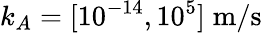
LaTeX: k_{A}=[10^{-14},10^{5}]\; \mathrm{m}/\mathrm{s}